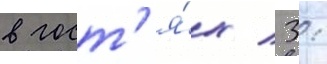
в гост'я́х / 3: